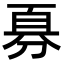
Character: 𪟊